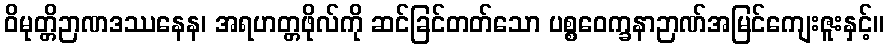
ဝိမုတ္တိဉာဏဒဿနေန၊ အရဟတ္တဖိုလ်ကို ဆင်ခြင်တတ်သော ပစ္စဝေက္ခနာဉာဏ်အမြင်ကျေးဇူးနှင့်။